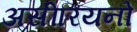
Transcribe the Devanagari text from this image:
असीरियनों